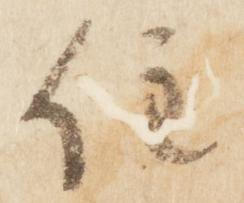
住